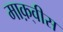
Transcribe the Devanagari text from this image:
माक़्वीस